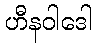
ဟီနဝါဒေါ